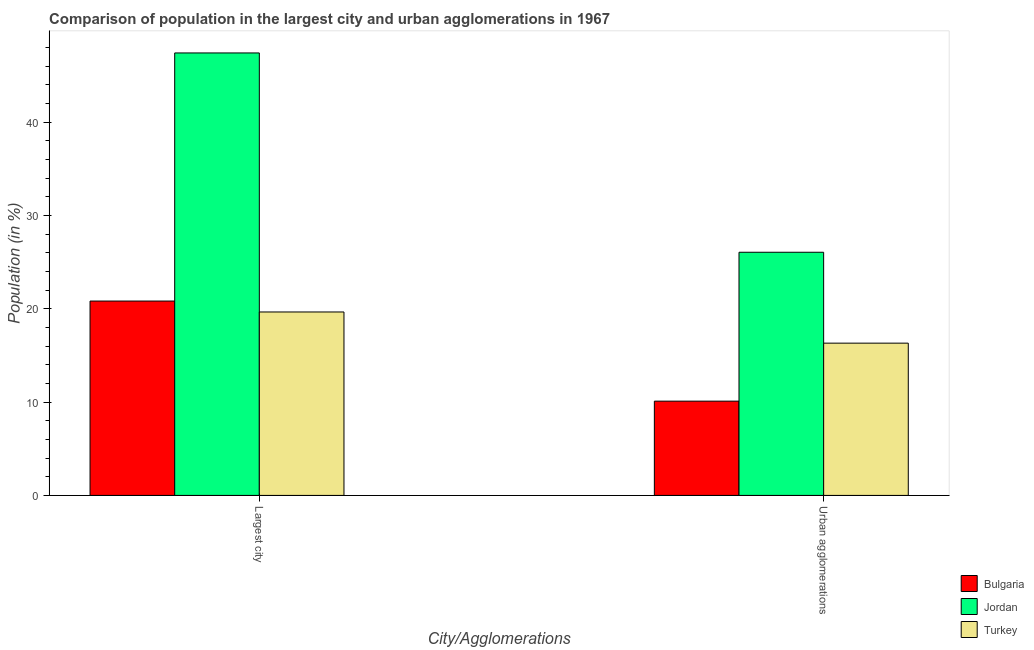
| City/Agglomerations | Bulgaria | Jordan | Turkey |
 | --- | --- | --- | --- |
 | Largest city | 20.8 | 47.4 | 19.7 |
 | Urban agglomerations | 10.1 | 26.1 | 16.3 |